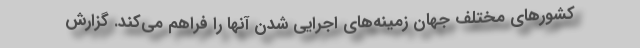
کشورهای مختلف جهان زمینه‌های اجرایی شدن آنها را فراهم می‌کند. گزارش